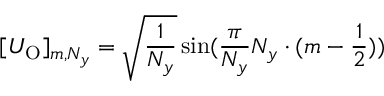
[ U _ { \mathrm { O } } ] _ { m , N _ { y } } = \sqrt { \frac { 1 } { N _ { y } } } \sin ( \frac { \pi } { N _ { y } } N _ { y } \cdot ( m - \frac { 1 } { 2 } ) )